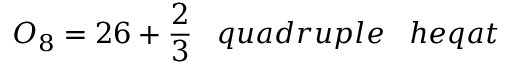
O _ { 8 } = 2 6 + { \frac { 2 } { 3 } } \; \; \; q u a d r u p l e \; \; \; h e q a t